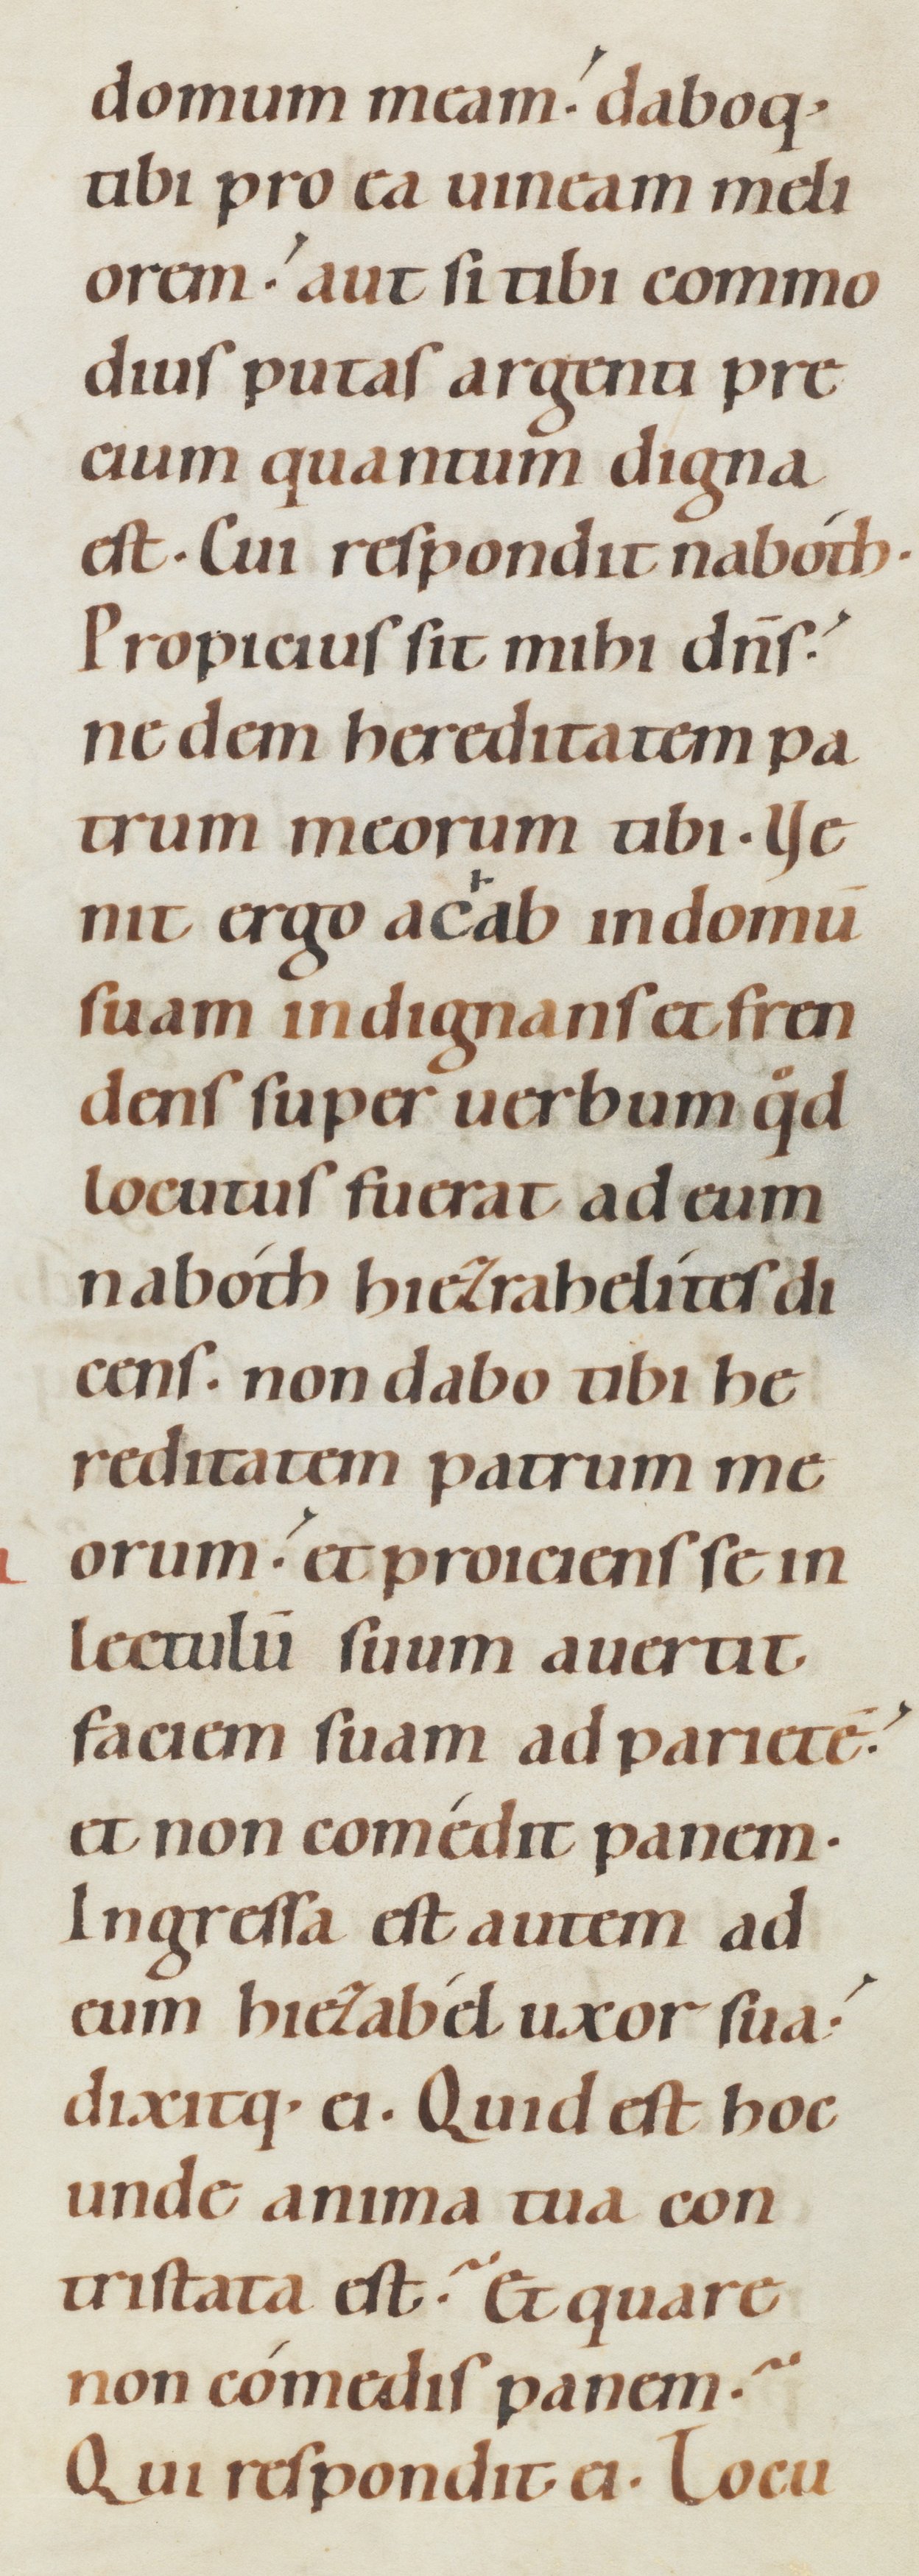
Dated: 1080–1096